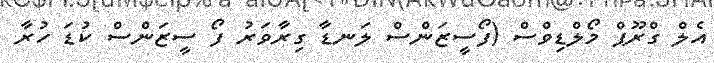
އެލް ގްރޫޕް މޯލްޑިވްސް (ފޯސީޒަންސް ލަނޑާ ގިރާވަރު ފޯ ސީޒަންސް ކުޑަ ހުރާ